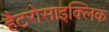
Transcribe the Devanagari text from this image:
हैटरोसाइक्लिक